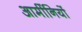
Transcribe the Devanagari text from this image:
आर्मीनियों